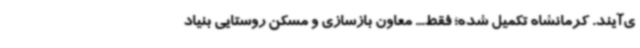
ی‌آیند. کرمانشاه تکمیل شده؛ فقط... معاون بازسازی و مسکن روستایی بنیاد